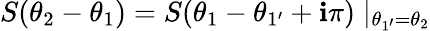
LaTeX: S(\theta_{2}-\theta_{1})=S(\theta_{1}-\theta_{1^{\prime}}+\mathbf{i}\pi)\mid_{\theta_{1^{\prime}}=\theta_{2}}